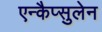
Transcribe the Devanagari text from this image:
एन्कैप्सुलेन